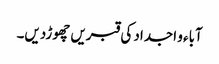
آباء و اجداد کی قبریں چھوڑدیں۔